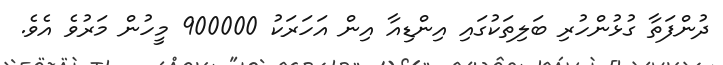
ދުންފަތާ ގުޅުންހުރި ބަލިތަކުގައި އިންޑިއާ އިން އަހަރަކު 900000 މީހުން މަރުވެ އެވެ.